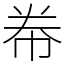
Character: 帣